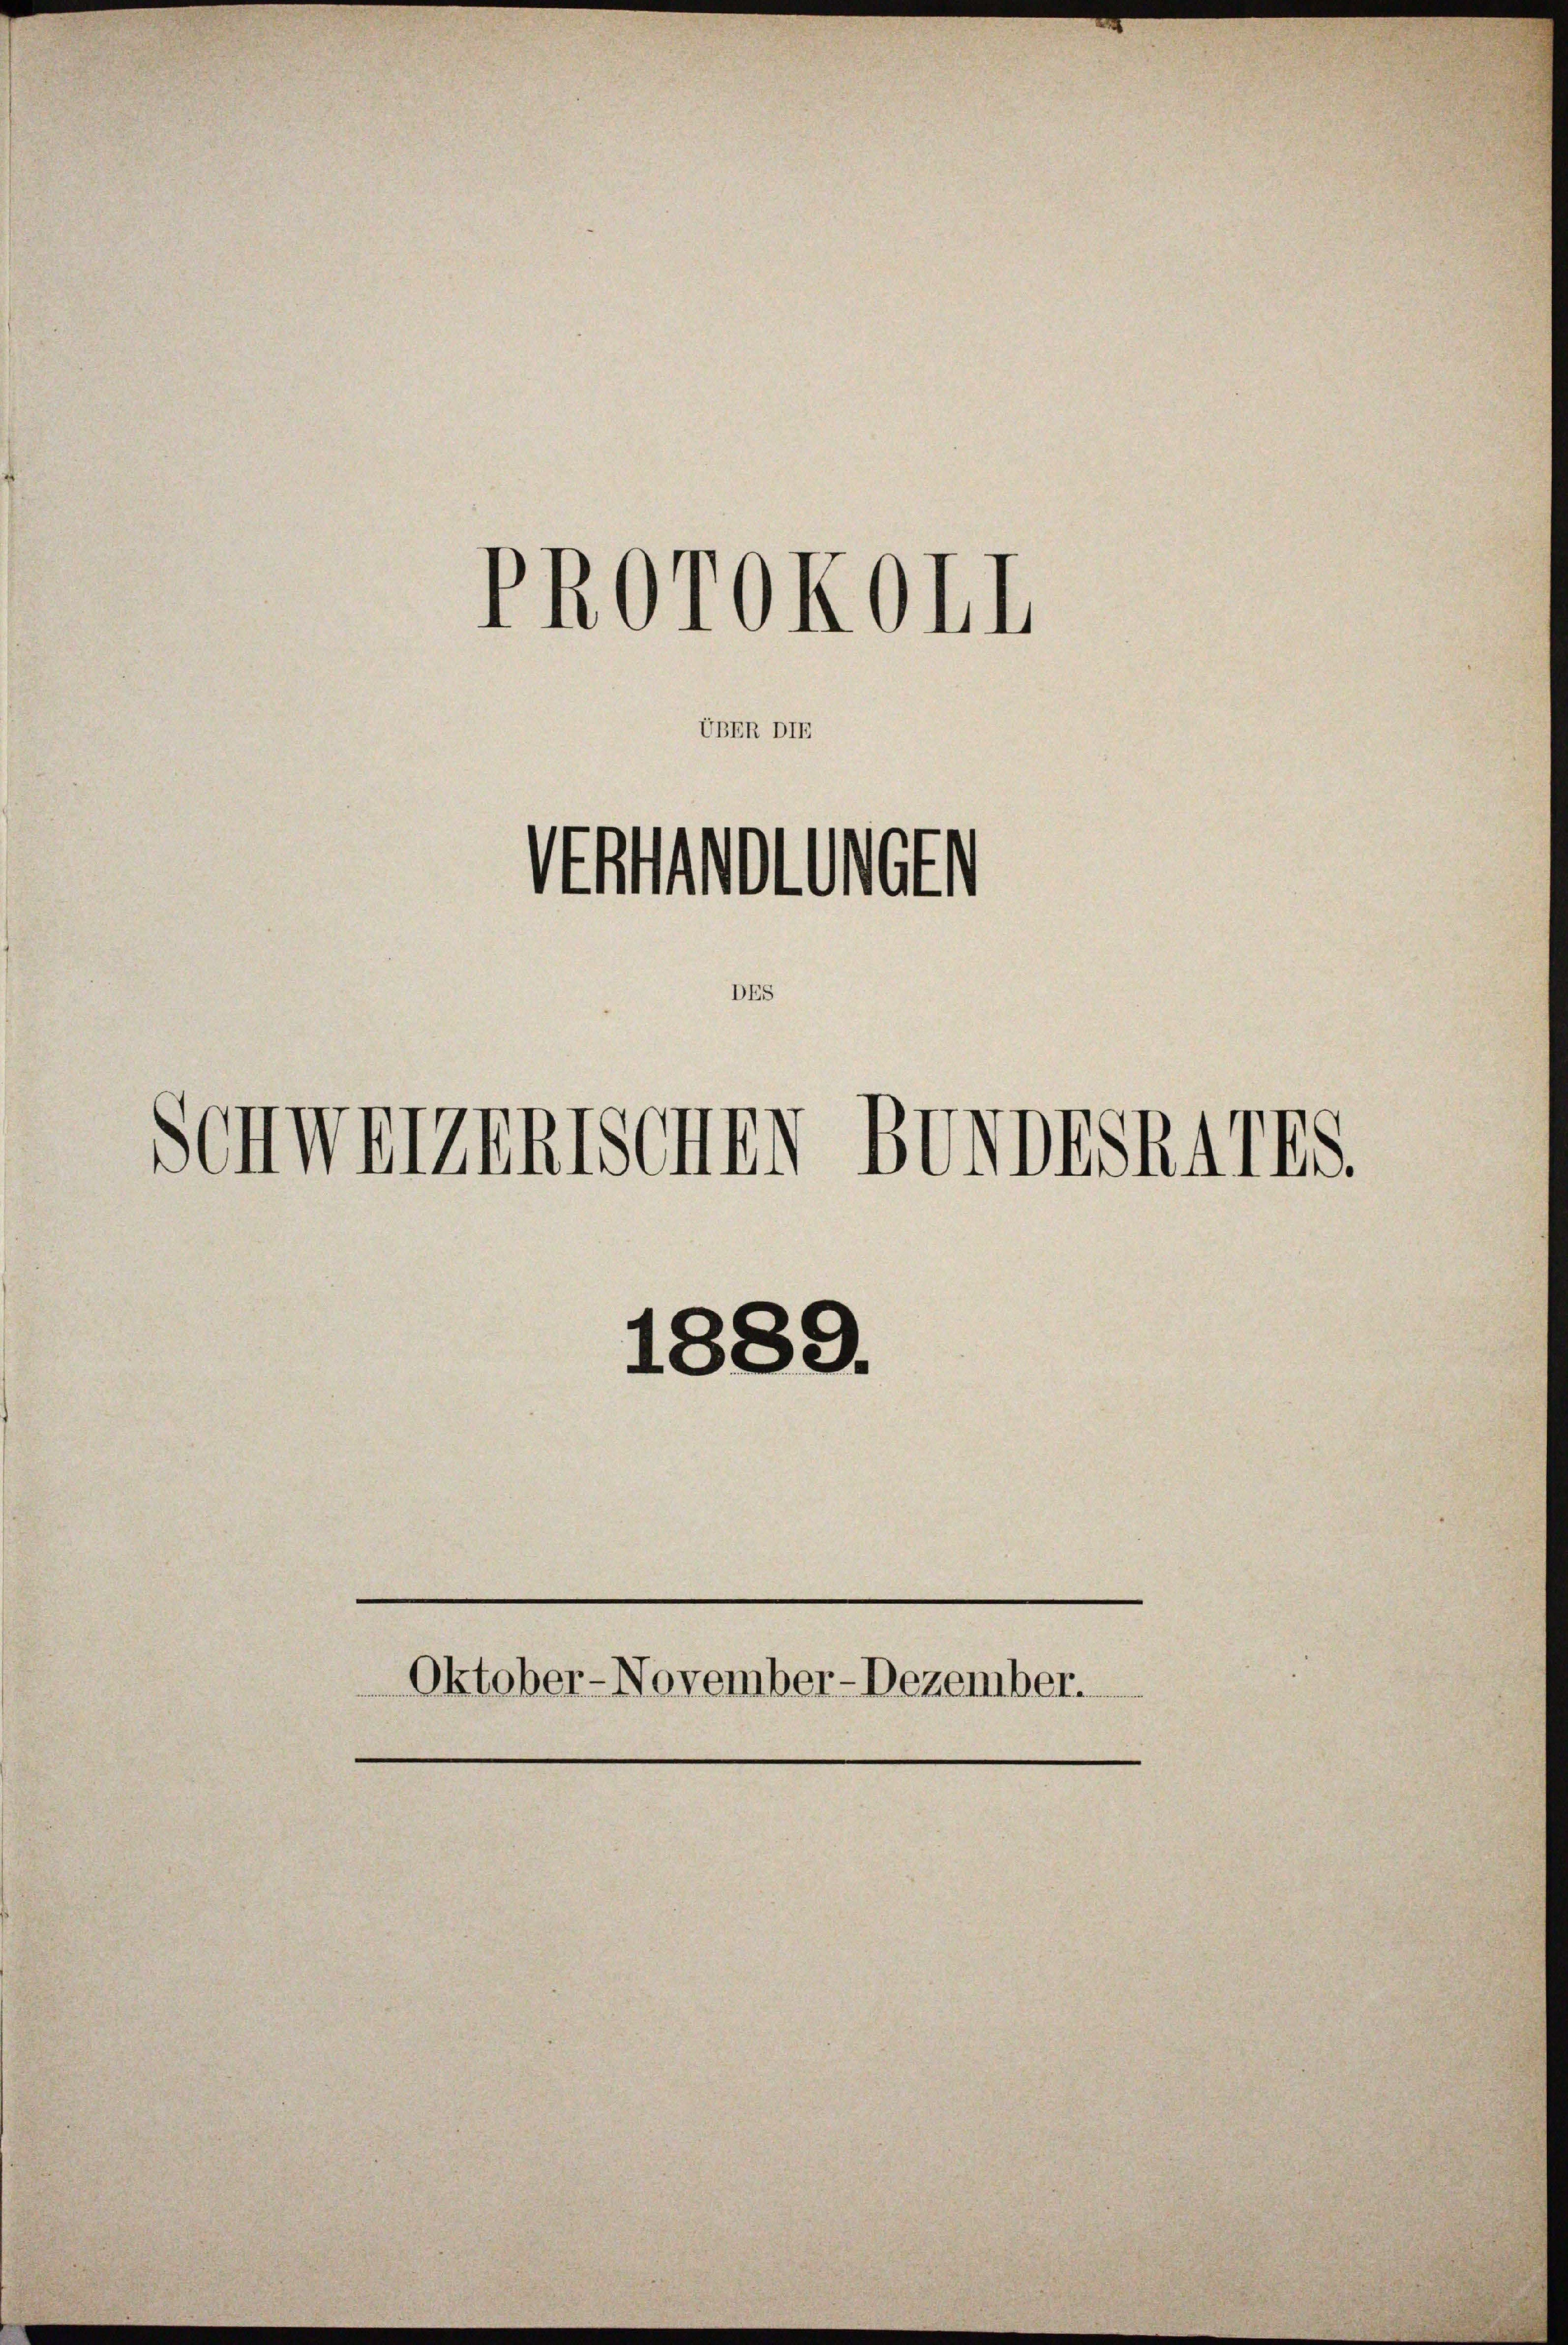
ÜBER DIE
VERHANDLUNGEN
DES

Schweizerischen Bundesrates.

PROTOKOLL

1889.
Oktober-November-Dezember.